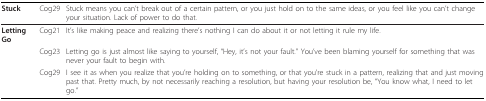
<table><thead><tr><td><b>Stuck</b></td><td><b>Cog29</b></td><td><b>Stuck means you can&#x27;t break out of a certain pattern, or you just hold on to the same ideas, or you feel like you can&#x27;t change your situation. Lack of power to do that.</b></td></tr></thead><tbody><tr><td><b>Letting Go</b></td><td>Cog21</td><td>It&#x27;s like making peace and realizing there&#x27;s nothing I can do about it or not letting it rule my life.</td></tr><tr><td></td><td>Cog23</td><td>Letting go is just almost like saying to yourself, &quot;Hey, it&#x27;s not your fault.&quot; You&#x27;ve been blaming yourself for something that was never your fault to begin with.</td></tr><tr><td></td><td>Cog29</td><td>I see it as when you realize that you&#x27;re holding on to something, or that you&#x27;re stuck in a pattern, realizing that and just moving past that. Pretty much, by not necessarily reaching a resolution, but having your resolution be, &quot;You know what, I need to let go.&quot;</td></tr></tbody></table>